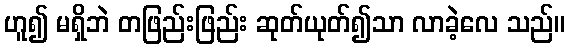
ဟူ၍ မရှိဘဲ တဖြည်းဖြည်း ဆုတ်ယုတ်၍သာ လာခဲ့လေ သည်။